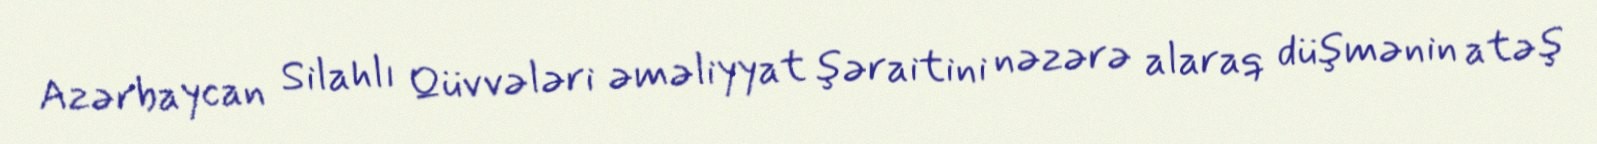
Azərbaycan Silahlı Qüvvələri əməliyyat şəraitini nəzərə alaraq düşmənin atəş